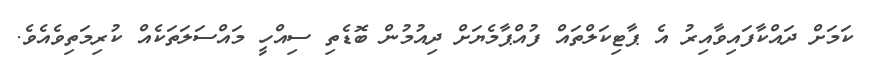
ކަމަށް ދައްކާފައިވާއިރު އެ ޕާޓިކަލްތައް ފުއްޕާމެޔަށް ދިއުމުން ބޮޑެތި ސިއްހީ މައްސަލަތަކެއް ކުރިމަތިވެއެވެ.